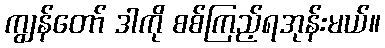
ကျွန်တော် ဒါကို စစ်ကြည့်ရအုန်းမယ်။